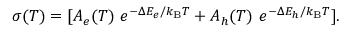
\sigma ( T ) = [ A _ { e } ( T ) \ e ^ { - \Delta E _ { e } / k _ { \mathrm { B } } T } + A _ { h } ( T ) \ e ^ { - \Delta E _ { h } / k _ { \mathrm { B } } T } ] .